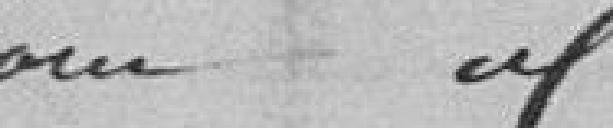
pour id.